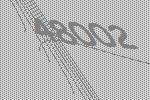
48002